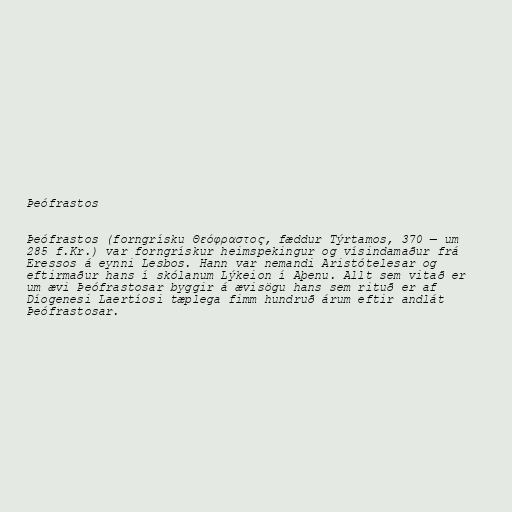
Þeófrastos

Þeófrastos (forngrísku Θεόφραστος, fæddur Týrtamos, 370 — um
285 f.Kr.) var forngrískur heimspekingur og vísindamaður frá
Eressos á eynni Lesbos. Hann var nemandi Aristótelesar og
eftirmaður hans í skólanum Lýkeion í Aþenu. Allt sem vitað er
um ævi Þeófrastosar byggir á ævisögu hans sem rituð er af
Díogenesi Laertíosi tæplega fimm hundruð árum eftir andlát
Þeófrastosar.